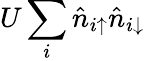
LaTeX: U\sum_{i}\hat{n}_{i\uparrow}\hat{n}_{i\downarrow}